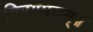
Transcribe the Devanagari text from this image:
हिरण्मयम्॥